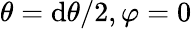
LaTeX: \theta=\mathrm{d}\theta/2,\varphi=0